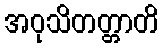
အဝုသိတတ္တာတိ